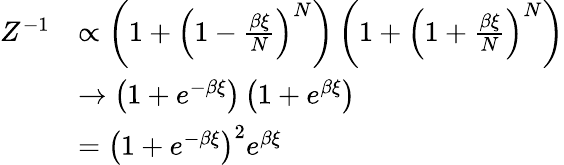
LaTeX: \begin{array}{rl}{Z^{-1}}&{\propto\left(1+\left(1-\frac{\beta\xi}{N}\right)^{N}\right)\left(1+\left(1+\frac{\beta\xi}{N}\right)^{N}\right)}\\ &{\to\left(1+e^{-\beta\xi}\right)\left(1+e^{\beta\xi}\right)}\\ &{=\left(1+e^{-\beta\xi}\right)^{2}e^{\beta\xi}}\end{array}